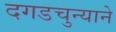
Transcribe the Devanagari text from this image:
दगडचुन्याने